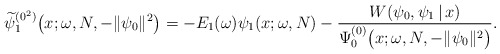
\begin{gather*} \widetilde{\psi }_{1}^{(0^{2})}\big(x;\omega ,N,- \Vert \psi _{0} \Vert ^{2}\big)=-E_{1}(\omega) \psi _{1} ( x;\omega ,N ) -\frac{W(\psi _{0},\psi _{1}\,|\, x)}{\Psi _{0}^{(0) }\big(x;\omega ,N,- \Vert \psi _{0} \Vert ^{2}\big)}.\end{gather*}